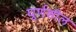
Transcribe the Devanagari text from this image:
घूर्णशील